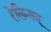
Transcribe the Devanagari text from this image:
रेलिजन्